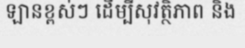
ឡានខ្ពស់ៗ ដើម្បីសុវត្ថិភាព និង